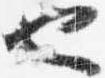
也